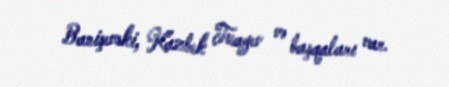
Banişevski, Kazbek Tuayev və başqaları var.